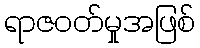
ရာဇဝတ်မှုအဖြစ်